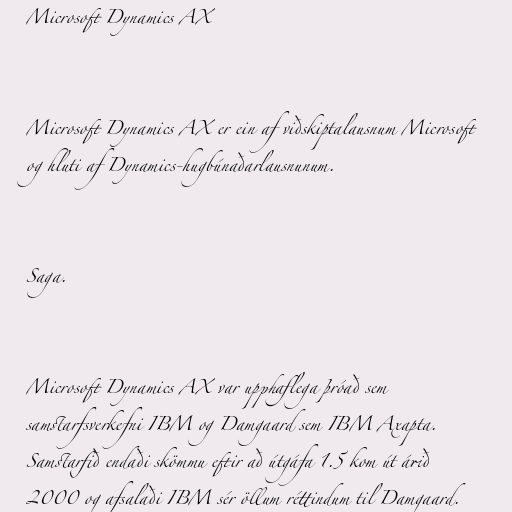
Microsoft Dynamics AX

Microsoft Dynamics AX er ein af viðskiptalausnum Microsoft
og hluti af Dynamics-hugbúnaðarlausnunum.

Saga.

Microsoft Dynamics AX var upphaflega þróað sem
samstarfsverkefni IBM og Damgaard sem IBM Axapta.
Samstarfið endaði skömmu eftir að útgáfa 1.5 kom út árið
2000 og afsalaði IBM sér öllum réttindum til Damgaard.